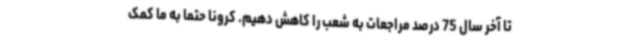
تا آخر سال 75 درصد مراجعات به شعب را کاهش دهیم. کرونا حتما به ما کمک